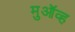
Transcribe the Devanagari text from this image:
मुऑव्ह